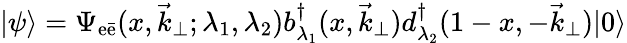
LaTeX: |\psi\rangle=\Psi_{\mathrm{e}\bar{{\mathrm{e}}}}(x,\vec{{k}}_{\perp};\lambda_{1},\lambda_{2})b_{\lambda_{1}}^{\dagger}(x,\vec{{k}}_{\perp})d_{\lambda_{2}}^{\dagger}(1-x,-\vec{{k}}_{\perp})|0\rangle